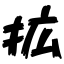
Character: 拡